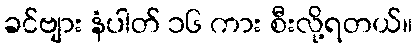
ခင်ဗျား နံပါတ် ၁၆ ကား စီးလို့ရတယ်။